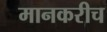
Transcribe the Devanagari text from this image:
मानकरीच